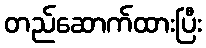
တည်ဆောက်ထားပြီး